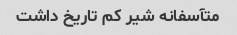
متآسفانه شیر کم تاریخ داشت